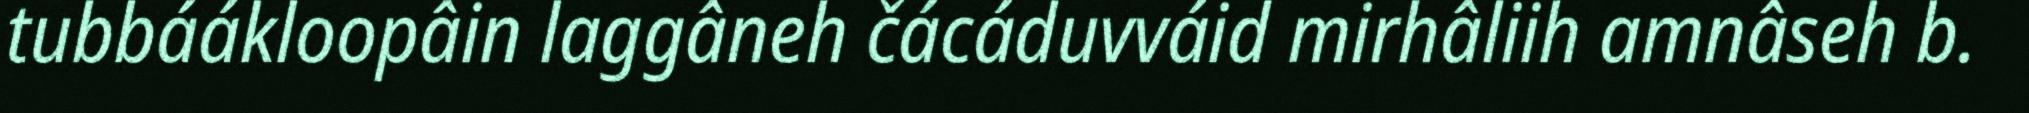
tubbáákloopâin laggâneh čácáduvváid mirhâliih amnâseh b.